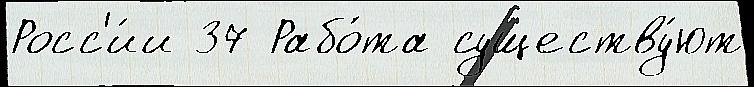
Росс'и́и 37 Рабо́та существу́ют